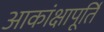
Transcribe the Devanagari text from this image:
आकांक्षापूर्ति